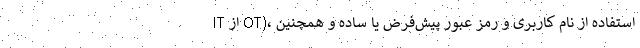
IT از OT)، استفاده از نام کاربری و رمز عبور پیش‌فرض یا ساده و همچنین